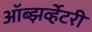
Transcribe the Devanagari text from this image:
ऑब्झर्व्हेटरी